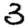
Digit: 3